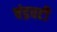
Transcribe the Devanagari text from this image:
चंद्रवटी